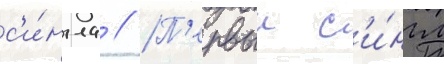
с'и́нгла // П'ервыи с'и́нгл